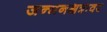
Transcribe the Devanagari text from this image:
जन्मनक्षत्रावर